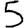
Digit: 5